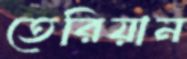
তেরিয়ান